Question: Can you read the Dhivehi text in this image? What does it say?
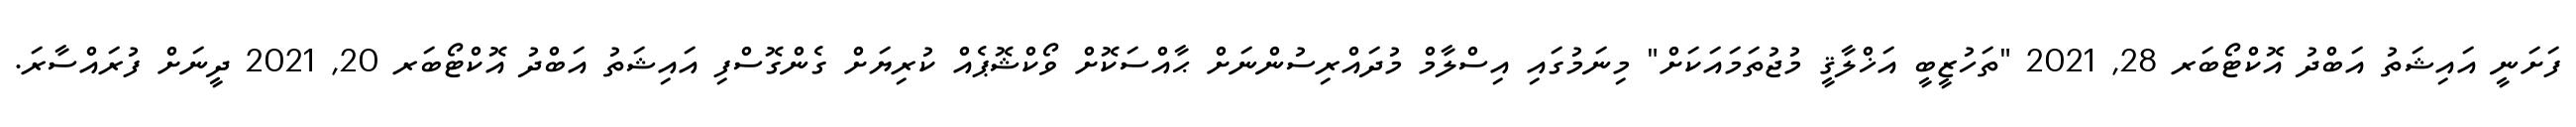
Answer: ފަށަނީ އައިޝަތު އަބްދު އޮކްޓޯބަރ 28, 2021 "ތަހުޒީބީ އަޚްލާޤީ މުޖުތަމައަކަށް" މިނަމުގައި އިސްލާމް މުދައްރިސުންނަށް ޙާއްސަކޮށް ވޯކްޝޮޕެއް ކުރިޔަށް ގެންގޮސްފި އައިޝަތު އަބްދު އޮކްޓޯބަރ 20, 2021 ދީނަށް ފުރައްސާރަ.